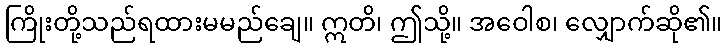
ကြိုးတို့သည်ရထားမမည်ချေ။ ဣတိ၊ ဤသို့။ အဝေါစ၊ လျှောက်ဆို၏။